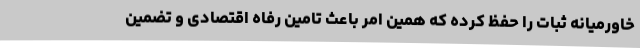
خاورمیانه ثبات را حفظ کرده که همین امر باعث تامین رفاه اقتصادی و تضمین